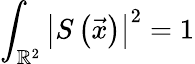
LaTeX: \int_{\mathbb{R}^{2}}\left|S\left(\vec{x}\right)\right|^{2}=1